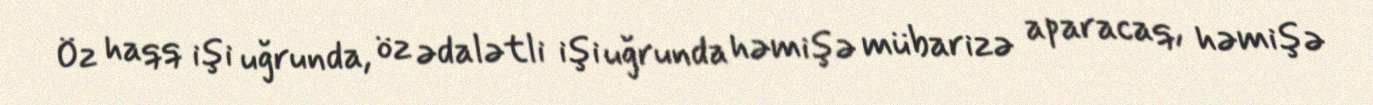
Öz haqq işi uğrunda, öz ədalətli işi uğrunda həmişə mübarizə aparacaq, həmişə